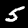
Label: 5